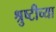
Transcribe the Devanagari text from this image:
श्रुष्टीच्या